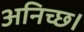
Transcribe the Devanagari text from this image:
अनिच्छ।